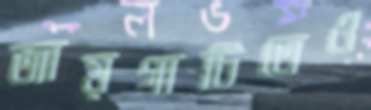
জায়গাটিতেও